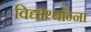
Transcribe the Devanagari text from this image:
विद्यार्थ्यांन्ना